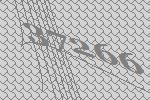
37266